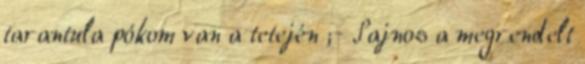
tarantula pókom van a tetején ;- Sajnos a megrendelt